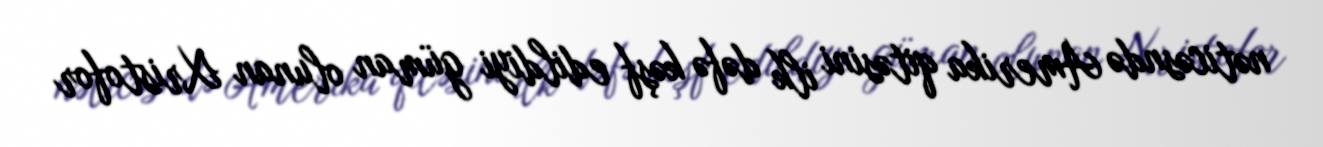
nəticəsndə Amerika qitəsini ilk dəfə kəşf edildiyi güman olunan Xristofor